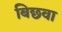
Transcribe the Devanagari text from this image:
बिछवा